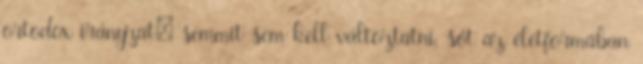
ortodox irányzat: semmit sem kell változtatni, sőt az életformában